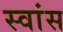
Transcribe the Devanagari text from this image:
स्वांस